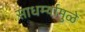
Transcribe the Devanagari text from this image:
साधर्म्यामुळे